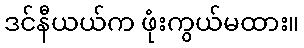
ဒင်နီယယ်က ဖုံးကွယ်မထား။